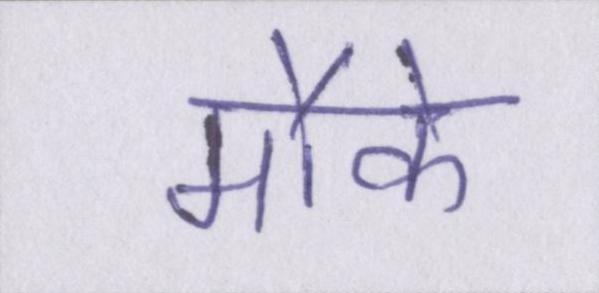
मौके